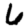
Digit: 6